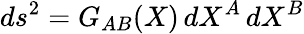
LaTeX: ds^{2}=G_{AB}(X)\, dX^{A}\, dX^{B}